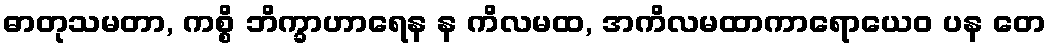
ဓာတုသမတာ, ကစ္စိ ဘိက္ခာဟာရေန န ကိလမထ, အကိလမထာကာရောယေဝ ပန တေ